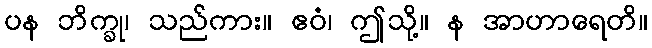
ပန ဘိက္ခု၊ သည်ကား။ ဧဝံ၊ ဤသို့။ န အာဟာရေတိ။